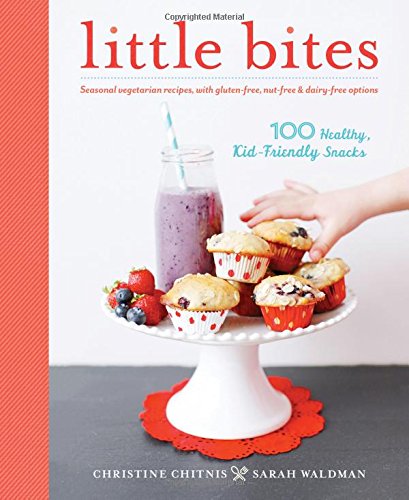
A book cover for Little Bites: 100 Healthy, Kid-Friendly Snacks; Christine Chitnis; Cookbooks, Food & Wine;